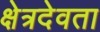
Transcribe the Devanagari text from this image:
क्षेत्रदेवता